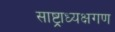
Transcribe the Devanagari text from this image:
साष्ट्राध्यक्षगण